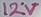
Text: 12V